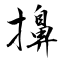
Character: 擤